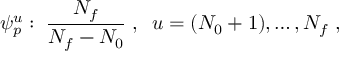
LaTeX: \psi _ { p } ^ { u } : \; \frac { N _ { f } } { N _ { f } - N _ { 0 } } \; , \; \; u = ( N _ { 0 } + 1 ) , \dots , N _ { f } \; ,